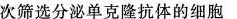
次筛选分泌单克隆抗体的细胞